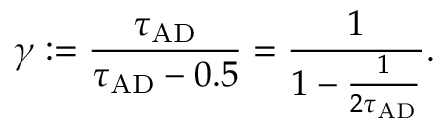
\gamma : = \frac { \tau _ { \mathrm { A D } } } { \tau _ { \mathrm { A D } } - 0 . 5 } = \frac { 1 } { 1 - \frac { 1 } { 2 \tau _ { \mathrm { A D } } } } .